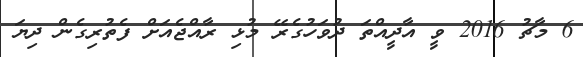
6 މާޗު 2016 ވީ އާދީއްތަ ދުވަހުގެރޭ މުޅި ރާއްޖެއަށް ފެތުރިގެން ދިޔަ